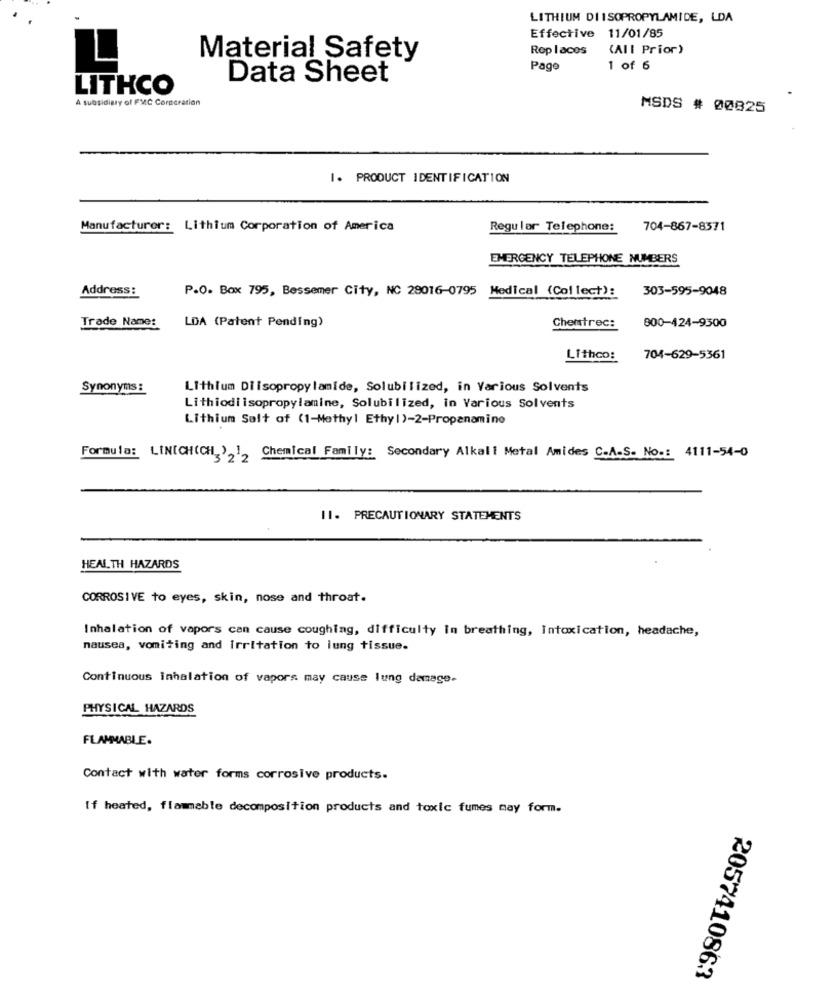
LITHIUM DI ISOPROPYLAMIDE, LDA
Effective 11/01/85
Rop laces
(All Prior)
Material Safety
Page
1 of 6
Data Sheet
LITHCO
A subsidiary of FMC Corneration
MSDS # 00825
I. PRODUCT IDENTIFICATION
Manufacturer: Lithium Corporation of America
Regular Telephone:
704-867-8371
EMERGENCY TELEPHONE NUMBERS
Address :
P.O. Box 795, Bessemer City, NC 29016-0795 Medical (Collect):
303-595-9048
Trade Name:
LDA (Patent Pending)
Chemtrec:
800-424-9300
Lithco:
704-629-5361
Synonyms:
Lithium Diisopropylamide, Solubilized, in Various Solvents
Lithiodiisopropylamine, Solubilized, in Various Solvents
Lithium Salt of (1-Methyl Ethyl)-2-Propanamino
Formula: LINICH(CH,'2'2 Chemical Family: Secondary Alkali Metal Amides C-A-S- No .: 4111-54-0
11. PRECAUTIONARY STATEMENTS
HEALTH HAZARDS
CORROSIVE to eyes, skin, nose and throat.
Inhalation of vapors can cause coughing, difficulty in breathing, Intoxication, headache,
nausea, vomiting and Irritation to lung tissue.
Continuous inhalation of vapors may cause lung damage.
PHYSICAL HAZARDS
FLAMMABLE.
Contact with water forms corrosive products.
If heated, flammable decomposition products and toxic fumes may form.
2057410863